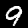
Label: 9